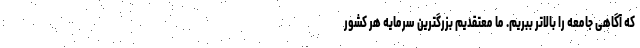
که آگاهی جامعه را بالاتر ببریم. ما معتقدیم بزرگترین سرمایه هر کشور